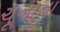
ચૂનાના